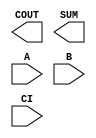
module sky130_fd_sc_lp__fah (
    COUT,
    SUM ,
    A   ,
    B   ,
    CI
);

    output COUT;
    output SUM ;
    input  A   ;
    input  B   ;
    input  CI  ;

    // Voltage supply signals
    supply1 VPWR;
    supply0 VGND;
    supply1 VPB ;
    supply0 VNB ;

endmodule